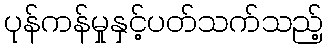
ပုန်ကန်မှုနှင့်ပတ်သက်သည့်